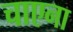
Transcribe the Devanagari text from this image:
चाएना